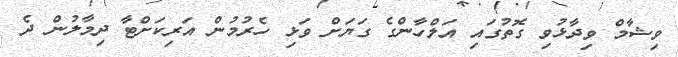
ވިޝާމް ވިދާޅުވި ގޮތުގައި އަލްހާންގެ ގަޔަށް ވަޅި ހެރުމުން އަރިކަށްޓާ ދިމާލުން ދެ